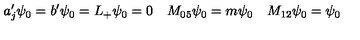
a _ { j } ^ { \prime } \psi _ { 0 } = b ^ { \prime } \psi _ { 0 } = L _ { + } \psi _ { 0 } = 0 \quad M _ { 0 5 } \psi _ { 0 } = m \psi _ { 0 } \quad M _ { 1 2 } \psi _ { 0 } = \psi _ { 0 }